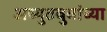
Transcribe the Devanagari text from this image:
अच्युतबुवांच्या